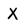
Character: X